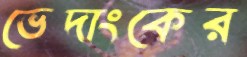
ভেদাংকের